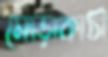
মোড়াকাঠী